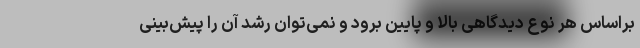
براساس هر نوع دیدگاهی بالا و پایین برود و نمی‌توان رشد آن را پیش‌بینی